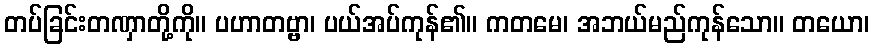
တပ်ခြင်းတဏှာတို့ကို။ ပဟာတဗ္ဗာ၊ ပယ်အပ်ကုန်၏။ ကတမေ၊ အဘယ်မည်ကုန်သော။ တယော၊